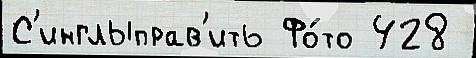
С'инглыправ'ить Фо́то 428